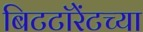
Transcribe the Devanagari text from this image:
बिटटॉरेंटच्या